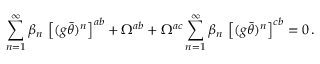
\sum _ { n = 1 } ^ { \infty } \beta _ { n } \, \left[ ( g \bar { \theta } ) ^ { n } \right] ^ { a b } + \Omega ^ { a b } + \Omega ^ { a c } \sum _ { n = 1 } ^ { \infty } \beta _ { n } \, \left[ ( g \bar { \theta } ) ^ { n } \right] ^ { c b } = 0 \, .